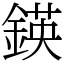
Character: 鍈